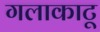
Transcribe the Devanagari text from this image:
गलाकाटू